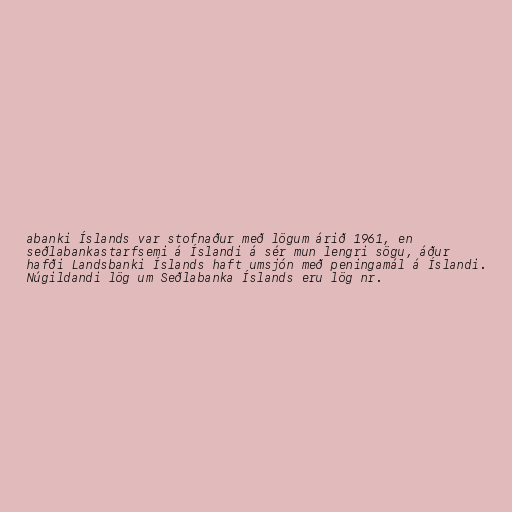
abanki Íslands var stofnaður með lögum árið 1961, en
seðlabankastarfsemi á Íslandi á sér mun lengri sögu, áður
hafði Landsbanki Íslands haft umsjón með peningamál á Íslandi.
Núgildandi lög um Seðlabanka Íslands eru lög nr.